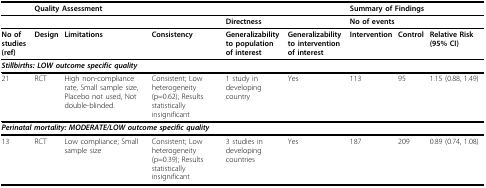
<table><thead><tr><td></td><td colspan="5"><b>Quality Assessment</b></td><td colspan="3"><b>Summary of Findings</b></td></tr></thead><tbody><tr><td></td><td></td><td></td><td></td><td colspan="2"><b>Directness</b></td><td colspan="2"><b>No of events</b></td><td></td></tr><tr><td><b>No of studies (ref)</b></td><td><b>Design</b></td><td><b>Limitations</b></td><td><b>Consistency</b></td><td><b>Generalizability to population of interest</b></td><td><b>Generalizability to intervention of interest</b></td><td><b>Intervention</b></td><td><b>Control</b></td><td><b>Relative Risk (95% CI)</b></td></tr><tr><td colspan="9"><i><b>Stillbirths: LOW outcome specific quality</b></i></td></tr><tr><td>21</td><td>RCT</td><td>High non-compliance rate, Small sample size, Placebo not used, Not double-blinded.</td><td>Consistent; Low heterogeneity (p=0.62); Results statistically insignificant</td><td>1 study in developing country</td><td>Yes</td><td>113</td><td>95</td><td>1.15 (0.88, 1.49)</td></tr><tr><td colspan="9"><i><b>Perinatal mortality: MODERATE/LOW outcome specific quality</b></i></td></tr><tr><td>13</td><td>RCT</td><td>Low compliance; Small sample size</td><td>Consistent; Low heterogeneity (p=0.39); Results statistically insignificant</td><td>3 studies in developing countries</td><td>Yes</td><td>187</td><td>209</td><td>0.89 (0.74, 1.08)</td></tr></tbody></table>